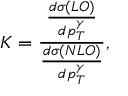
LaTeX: K = \frac { \frac { d \sigma ( L O ) } { d p _ { T } ^ { \gamma } } } { \frac { d \sigma ( N L O ) } { d p _ { T } ^ { \gamma } } } ,